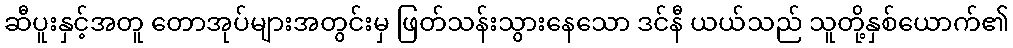
ဆီပူးနှင့်အတူ တောအုပ်များအတွင်းမှ ဖြတ်သန်းသွားနေသော ဒင်နီ ယယ်သည် သူတို့နှစ်ယောက်၏